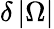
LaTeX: \delta\left\vert\Omega\right\vert